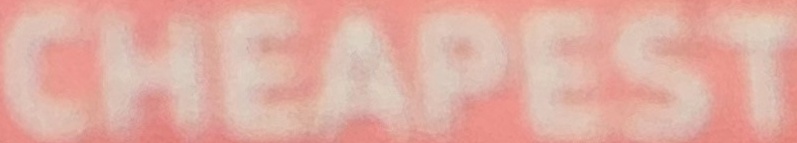
CHEAPEST